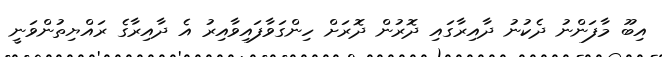
އިބޫ މާފަންނު ދެކުނު ދާއިރާގައި ދޮރުން ދޮރަށް ހިންގަވާފައިވާއިރު އެ ދާއިރާގެ ރައްޔިތުންވަނީ